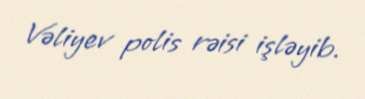
Vəliyev polis rəisi işləyib.